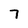
Character: 7